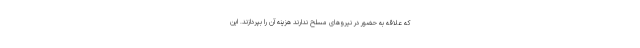
که علاقه به حضور در نیروهای مسلح ندارند هزینه آن را بپردازند. این